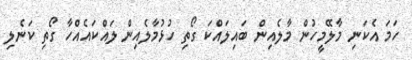
ހަމަ އެކަނި މާލޭމީހުން މާލެއިން ބައިލައްކަ ގޯތި ހުޅުމާލެއިން ލައްކައެއްހާ ގޯތި ކަނެލި